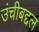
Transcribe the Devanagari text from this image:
उंचीबद्दल